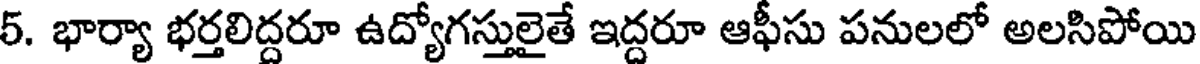
5. భార్యా భర్తలిద్దరూ ఉద్యోగస్తులైతే ఇద్దరూ ఆఫీసు పనులలో అలసిపోయి